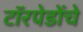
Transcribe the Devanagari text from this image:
टॉरपेडोंचे